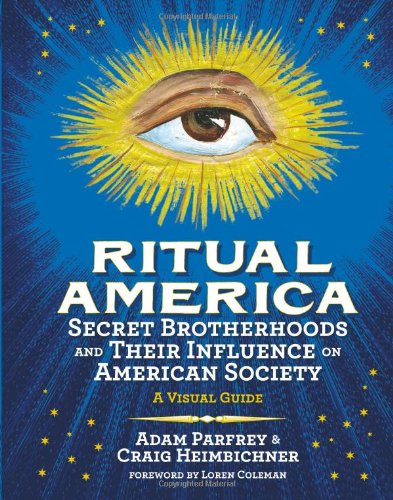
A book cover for Ritual America: Secret Brotherhoods and Their Influence on American Society: A Visual Guide; Craig Heimbichner; Arts & Photography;